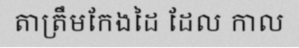
តាត្រឹមកែងដៃ ដែល កាល